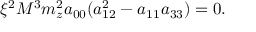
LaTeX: \xi ^ { 2 } M ^ { 3 } m _ { z } ^ { 2 } a _ { 0 0 } ( a _ { 1 2 } ^ { 2 } - a _ { 1 1 } a _ { 3 3 } ) = 0 .